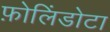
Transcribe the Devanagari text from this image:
फ़ोलिंडोटा